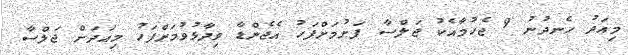
މިއަދު ހެނދުނު 9 ޖެހުމާއެކު ޖަލްސާ ފަށުމަށްފަހު އެޖެންޑާ ވިދާޅުވުމަށްފަހު މިއަދަށް ޖަލްސާ